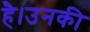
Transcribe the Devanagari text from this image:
है।उनकी